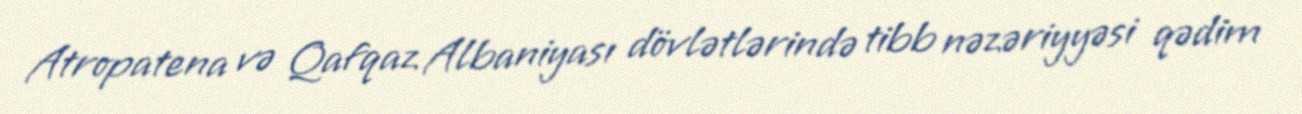
Atropatena və Qafqaz Albaniyası dövlətlərində tibb nəzəriyyəsi qədim